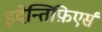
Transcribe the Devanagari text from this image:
इदेन्तिफ़िएर्स